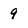
Character: 9